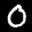
Label: 0